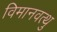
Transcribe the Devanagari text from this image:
विमानवत्थु